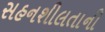
સહનશીલતાની